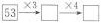
\square {53}\xrightarrow[]{\times 3}\square \xrightarrow[]{\times 4}\square